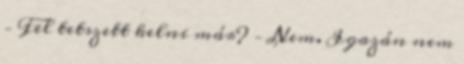
– Fel tetszett kelni már? – Nem. Igazán nem